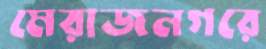
মেরাজনগরে